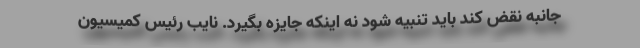
جانبه نقض کند باید تنبیه شود نه اینکه جایزه بگیرد. نایب رئیس کمیسیون